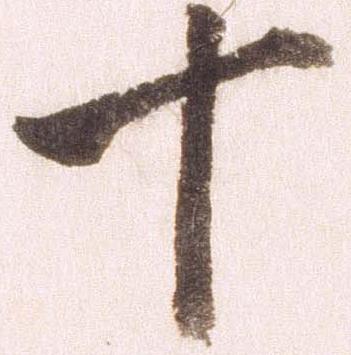
十